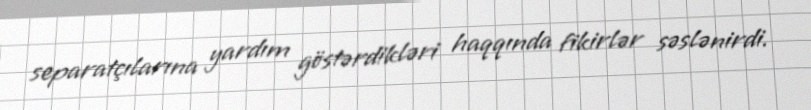
separatçılarına yardım göstərdikləri haqqında fikirlər səslənirdi.